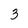
Character: 3